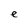
Character: e